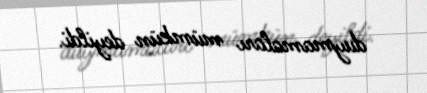
duymamaları mümkün deyildi.